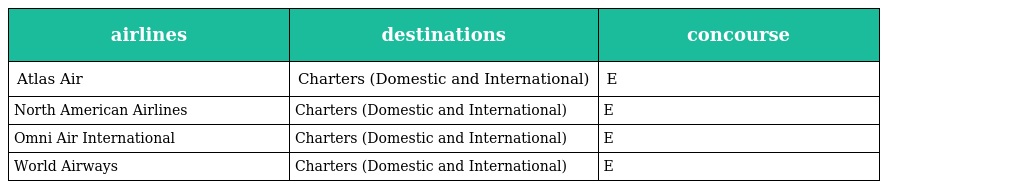
| airlines | destinations | concourse |
 | --- | --- | --- |
 | Atlas Air | Charters (Domestic and International) | E |
 | North American Airlines | Charters (Domestic and International) | E |
 | Omni Air International | Charters (Domestic and International) | E |
 | World Airways | Charters (Domestic and International) | E |